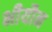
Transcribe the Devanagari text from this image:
भीयौन